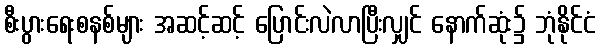
စီးပွားရေးစနစ်များ အဆင့်ဆင့် ပြောင်းလဲလာပြီးလျှင် နောက်ဆုံး၌ ဘုံနိုင်ငံ